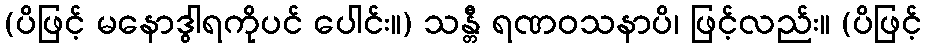
(ပိဖြင့် မနောဒွါရကိုပင် ပေါင်း။) သန္တီ ရဏဝသနာပိ၊ ဖြင့်လည်း။ (ပိဖြင့်